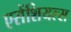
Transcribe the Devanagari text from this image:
एसेंशियल्स